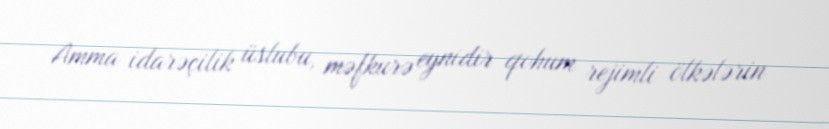
Amma idarəçilik üslubu, məfkurə eynidir qohum rejimli ölkələrin